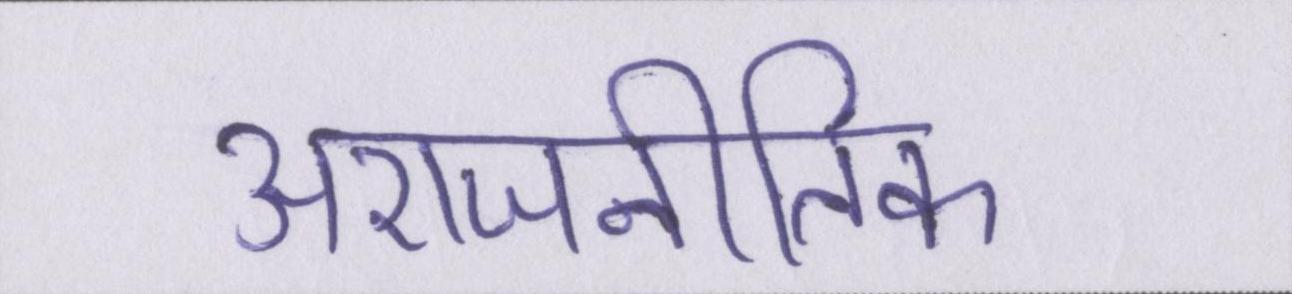
अराजनीतिक